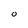
Character: O